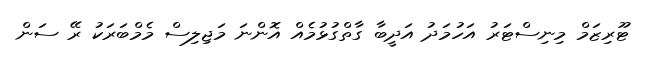
ޓޫރިޒަމް މިނިސްޓަރު އަހުމަދު އަދީބާ ގާތްގުޅުމެއް އޮންނަ މަޖިލިސް މެމްބަރަކު ރޭ ސަން